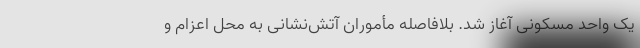
یک واحد مسکونی آغاز شد. بلافاصله مأموران آتش‌نشانی به محل اعزام و